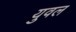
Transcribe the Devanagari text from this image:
युवल